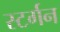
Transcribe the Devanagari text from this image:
स्टर्गन